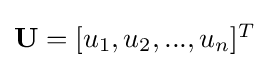
{\textstyle \mathbf {U} =[u_{1},u_{2},...,u_{n}]^{T}}